Annual report of the Punjab Veterinary College and of the Civil Veterinary Department, Punjab - 1920-1925
Year: 1920
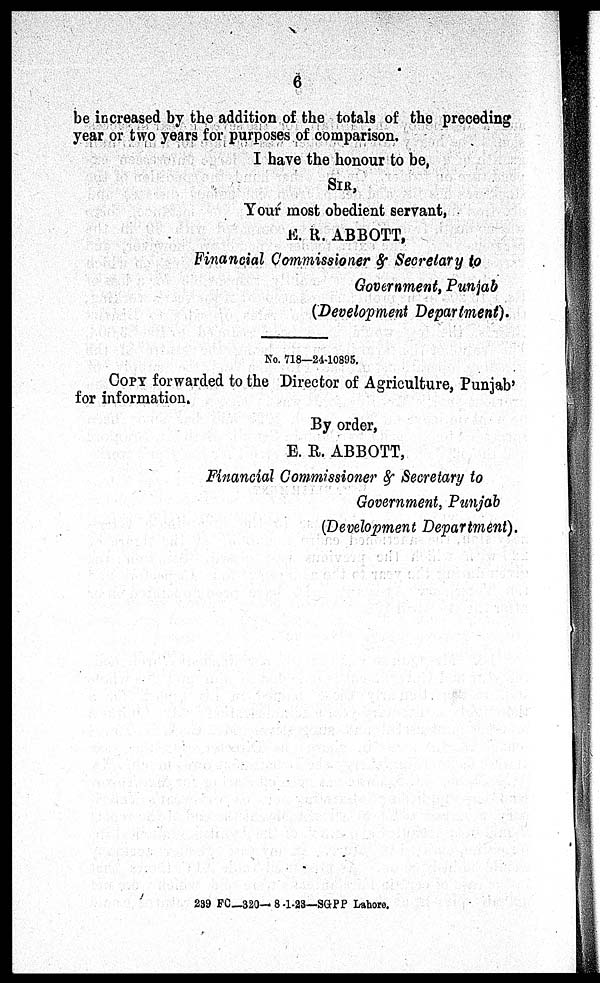
6
be increased by the addition of the totals of the preceding
year or two years for purposes of comparison.
I have the honour to be,
SIR,
Your most obedient servant,
E. R.. ABBOTT,
Financial Commissioner & Secretary to
Government, Punjab
(Development Department).
No. 718—24-10895.
COPY forwarded to the Director of Agriculture, Punjab'
for information.
By order,
E. R. ABBOTT,
Financial Commissioner & Secretary to
Government, Punjab
(Development Department).
239 FC—320—8-1-23—SGPP Lahore.